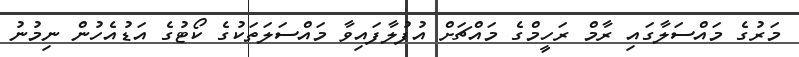
މަރުގެ މައްސަލާގައި ރާމް ރަހީމްގެ މައްޗަށް އުފުލާފައިވާ މައްސަލަތަކުގެ ކޯޓުގެ އަޑުއެހުން ނިމުނު